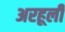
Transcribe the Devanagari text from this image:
अरहूली